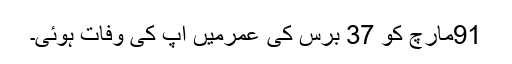
91مارچ کو 37 برس کی عمرمیں آپ کی وفات ہوئی۔